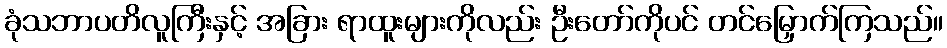
ခုံသဘာပတိလူကြီးနှင့် အခြား ရာထူးများကိုလည်း ဦးတော်ကိုပင် တင်မြှောက်ကြသည်။